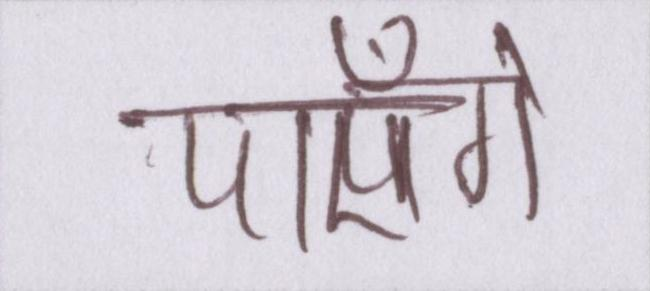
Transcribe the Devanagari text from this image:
पाएँगे